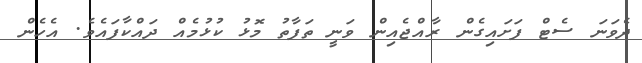
ދެވަނަ ސެޓް ފަށައިގެން ރާއްޖެއިން ވަނީ ތަފާތު މޮޅު ކުޅުމެއް ދައްކާފައެވެ. އެހެން